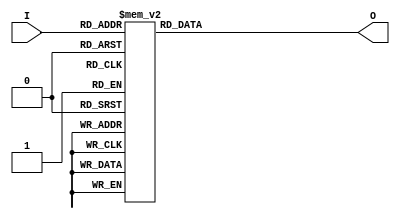
`timescale 1ns / 1ps

module bcdtosevensegment(input [3:0]I, output reg[6:0]O);
always @(I)
begin
case(I) 
0 : O = 7'b0000001;
1 : O = 7'b1001111;
2 : O = 7'b0010010;
3 : O = 7'b0000110;
4 : O = 7'b1001100;
5 : O = 7'b0100100;
6 : O = 7'b0100000;
7 : O = 7'b0001111;
8 : O = 7'b0000000;
9 : O = 7'b0000100;
10 : O = 7'b1111110;
11 : O = 7'b1111110;
12 : O = 7'b1111110;
13 : O = 7'b1111110;
14 : O = 7'b1111110;
15 : O = 7'b1111110;
endcase
end
endmodule